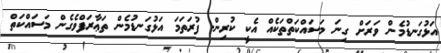
އަޅުގަނޑުމެން ވަރަށް ގިނަ މަސައްކަތްތަކެއް އެކީ ކުރިން. ފުރަތަމަ އަޅުގަނޑުމެން ތަޢާރަފްވެގެން މަސައްކަތް